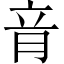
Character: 𦚏